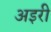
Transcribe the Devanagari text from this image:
अइरी